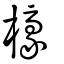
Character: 檺